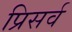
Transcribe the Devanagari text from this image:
प्रिसर्व